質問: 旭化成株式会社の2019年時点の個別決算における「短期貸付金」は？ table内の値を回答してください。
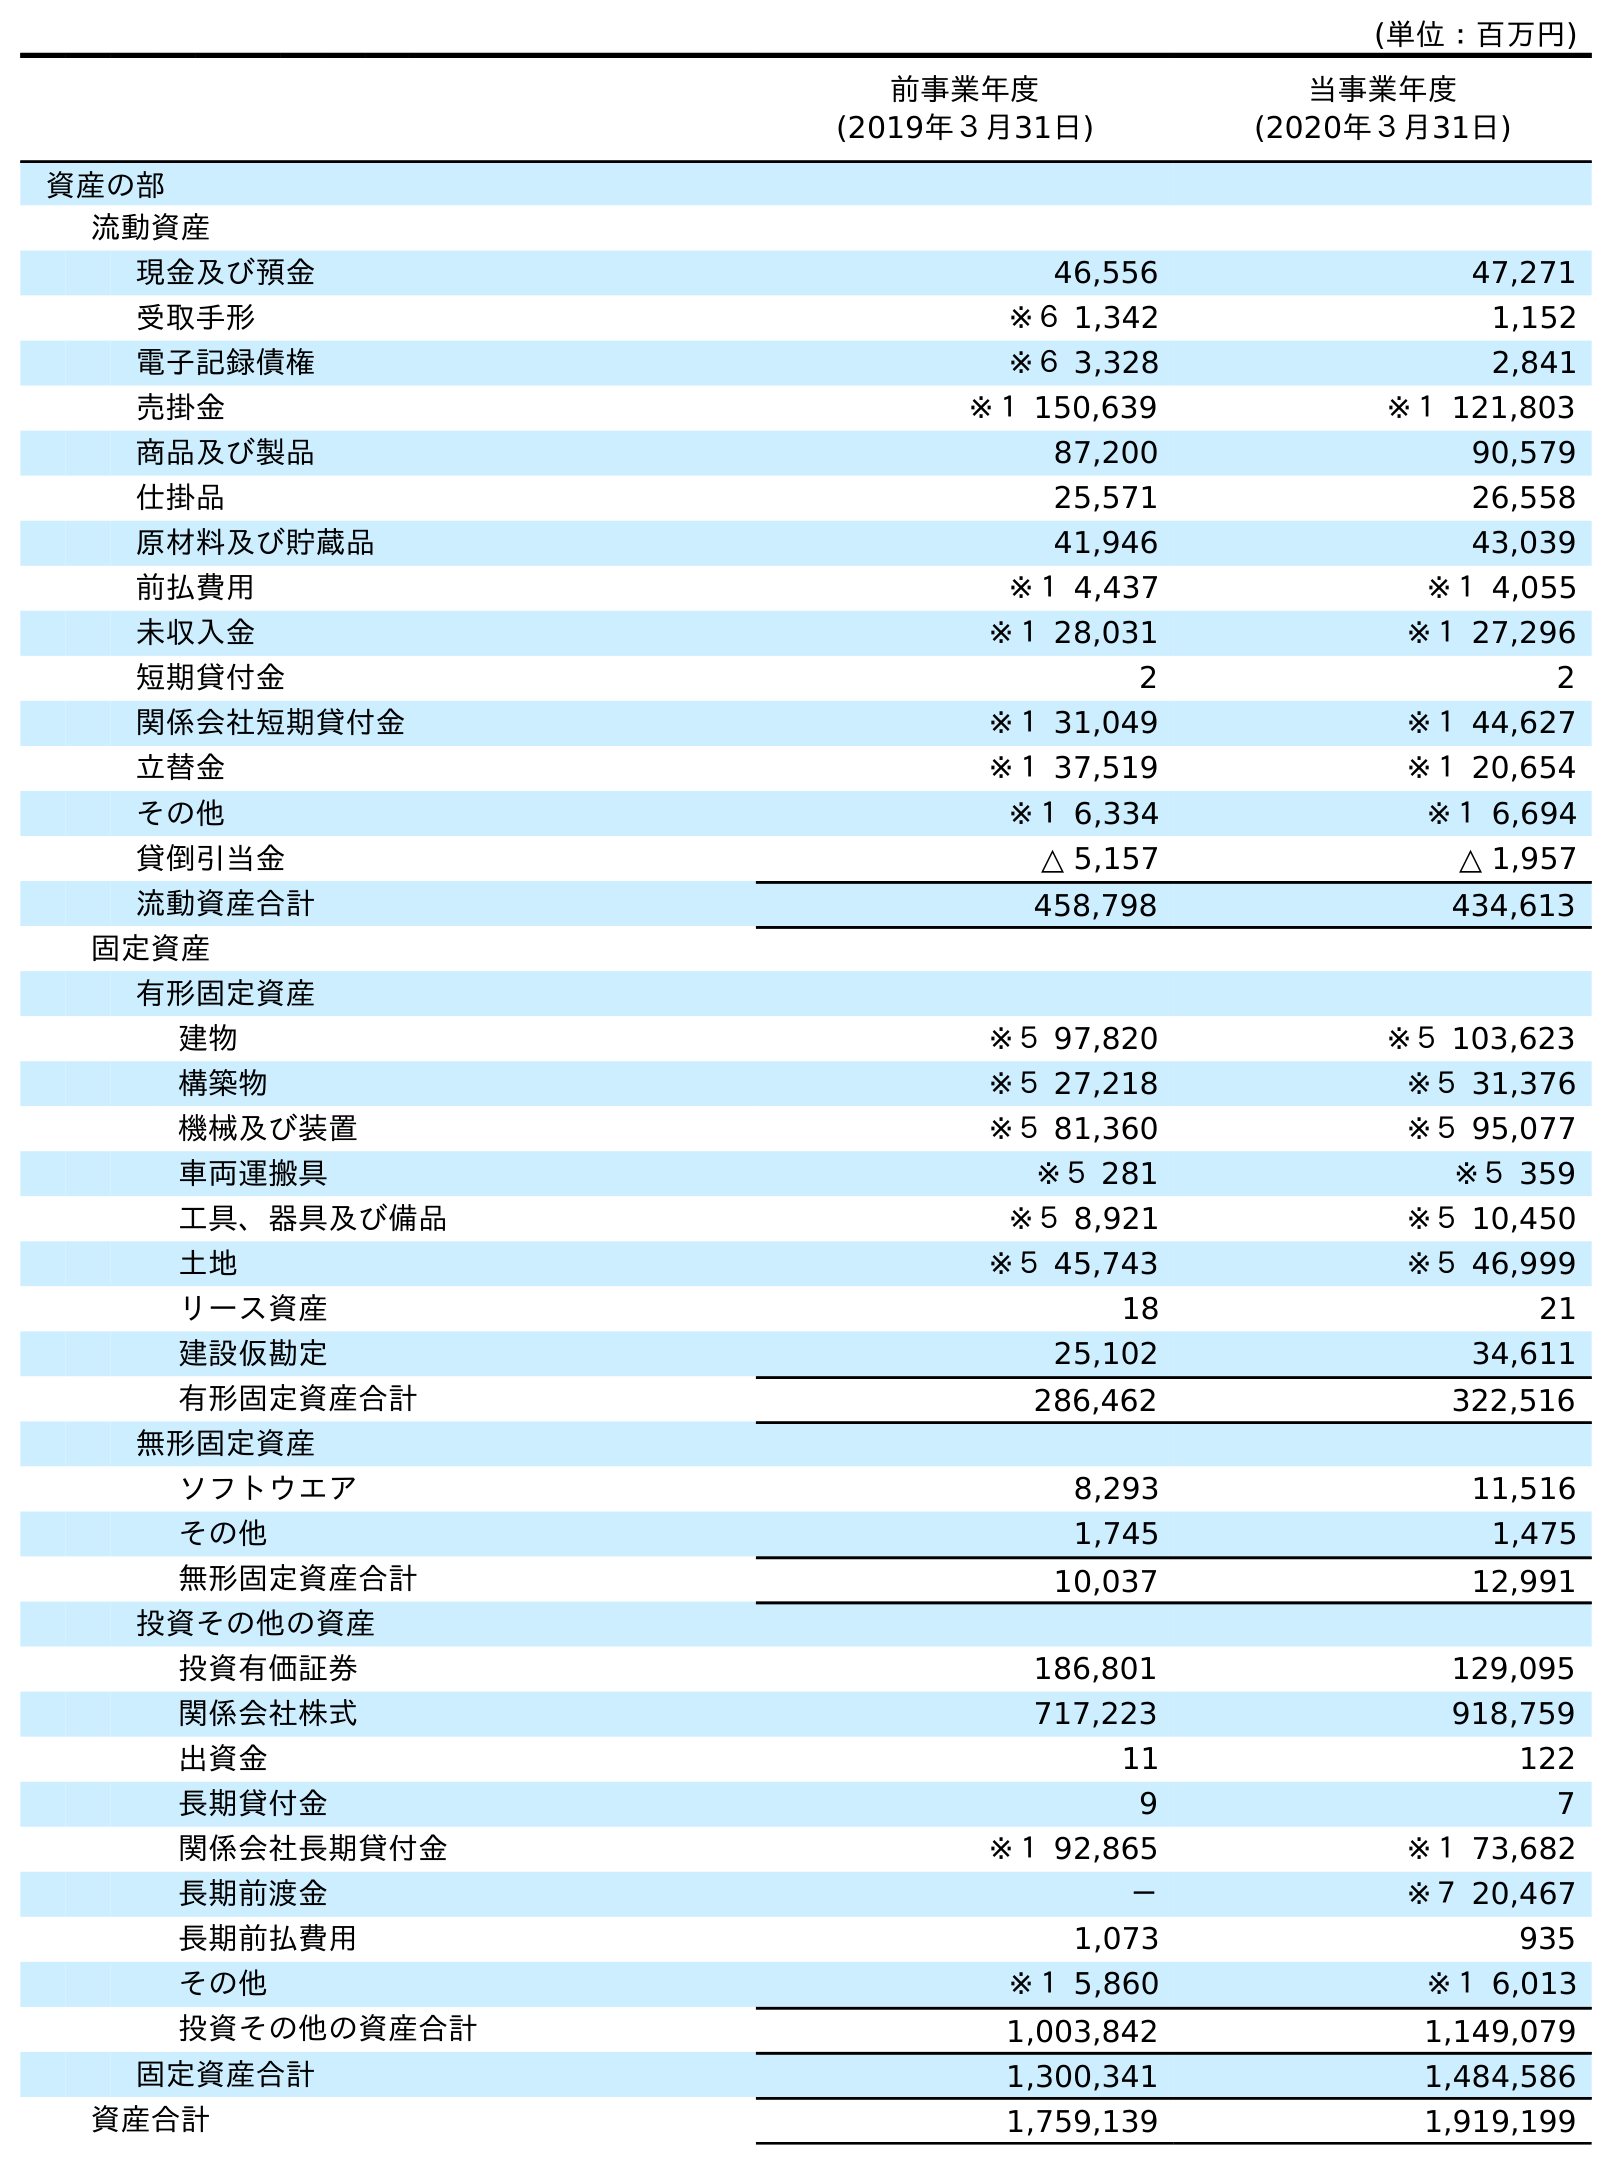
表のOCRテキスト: (単位：百万円) 前事業年度 (2019年３月31日) 当事業年度 (2020年３月31日) 資産の部 流動資産 現金及び預金 46,556 47,271 受取手形 ※６ 1,342 1,152 電子記録債権 ※６ 3,328 2,841 売掛金 ※１ 150,639 ※１ 121,803 商品及び製品 87,200 90,579 仕掛品 25,571 26,558 原材料及び貯蔵品 41,946 43,039 前払費用 ※１ 4,437 ※１ 4,055 未収入金 ※１ 28,031 ※１ 27,296 短期貸付金 2 2 関係会社短期貸付金 ※１ 31,049 ※１ 44,627 立替金 ※１ 37,519 ※１ 20,654 その他 ※１ 6,334 ※１ 6,694 貸倒引当金 △ 5,157 △ 1,957 流動資産合計 458,798 434,613 固定資産 有形固定資産 建物 ※５ 97,820 ※５ 103,623 構築物 ※５ 27,218 ※５ 31,376 機械及び装置 ※５ 81,360 ※５ 95,077 車両運搬具 ※５ 281 ※５ 359 工具、器具及び備品 ※５ 8,921 ※５ 10,450 土地 ※５ 45,743 ※５ 46,999 リース資産 18 21 建設仮勘定 25,102 34,611 有形固定資産合計 286,462 322,516 無形固定資産 ソフトウエア 8,293 11,516 その他 1,745 1,475 無形固定資産合計 10,037 12,991 投資その他の資産 投資有価証券 186,801 129,095 関係会社株式 717,223 918,759 出資金 11 122 長期貸付金 9 7 関係会社長期貸付金 ※１ 92,865 ※１ 73,682 長期前渡金 － ※７ 20,467 長期前払費用 1,073 935 その他 ※１ 5,860 ※１ 6,013 投資その他の資産合計 1,003,842 1,149,079 固定資産合計 1,300,341 1,484,586 資産合計 1,759,139 1,919,199
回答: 2